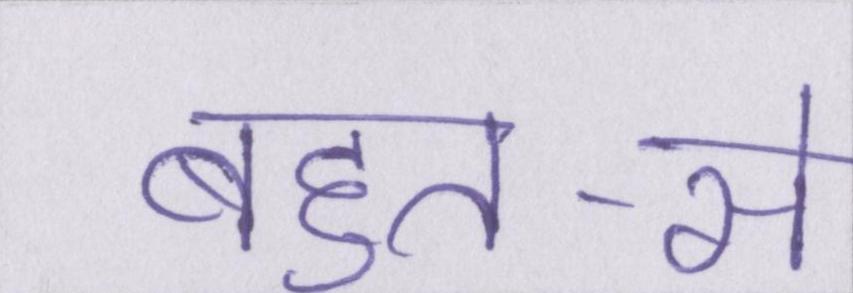
बहुत-से